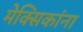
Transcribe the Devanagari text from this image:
मेक्सिकांना